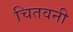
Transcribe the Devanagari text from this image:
चितवनी